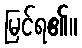
မြင်ရ၏။